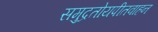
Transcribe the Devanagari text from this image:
समुद्रतोयपीतवाहन